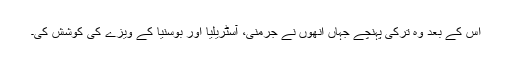
اس کے بعد وہ ترکی پہنچے جہاں انھوں نے جرمنی، آسٹریلیا اور بوسنیا کے ویزے کی کوشش کی۔